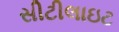
સીટીલાઇટ